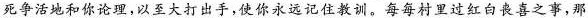
活地和你论理,以至大打出手,使你永远记住教训。每每村里过红自丧真之事，那